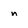
Character: n